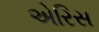
એરિસ